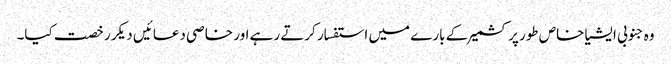
وہ جنوبی ایشیا خاص طور پر کشمیر کے بارے میں استفسار کرتے رہے اور خاصی دعائیں دیکر رخصت کیا۔